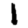
Digit: 1